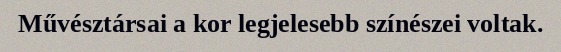
Művésztársai a kor legjelesebb színészei voltak.